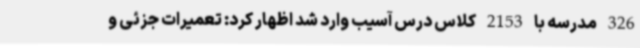
326 مدرسه با 2153 کلاس درس آسیب وارد شد اظهار کرد: تعمیرات جزئی و